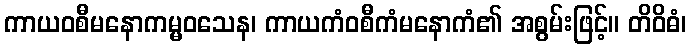
ကာယဝစီမနောကမ္မဝသေန၊ ကာယကံဝစီကံမနောကံ၏ အစွမ်းဖြင့်။ တိဝိဓံ၊